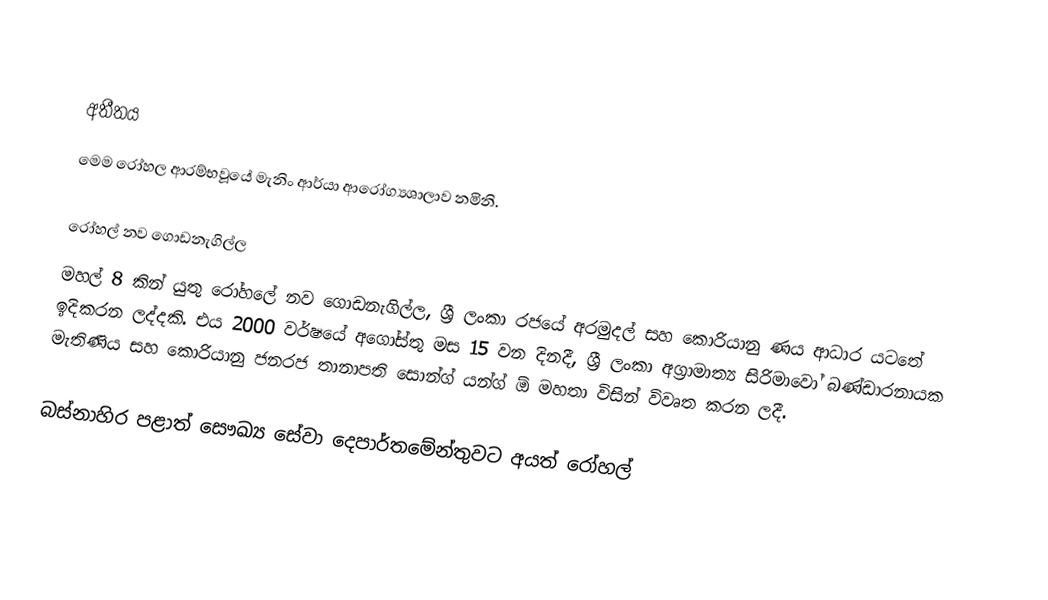

අතීතය
මෙම රෝහල ආරම්භවූයේ මැනිං ආර්යා ආරෝග්‍යශාලාව නමිනි.

රෝහල් නව ගොඩනැගිල්ල
මහල් 8 කින් යුතු රෝහලේ නව ගොඩනැගිල්ල, ශ්‍රී ලංකා රජයේ අරමුදල් සහ කොරියානු ණය ආධාර යටතේ ඉදිකරන ලද්දකි. එය 2000 වර්ෂයේ අගෝස්තු මස 15 වන දිනදී, ශ්‍රී ලංකා අග්‍රාමාත්‍ය සිරිමාවෝ බණ්ඩාරනායක මැතිණිය සහ කොරියානු ජනරජ තානාපති සොන්ග් යන්ග් ඕ මහතා විසින් විවෘත කරන ලදී.

බස්නාහිර පළාත් සෞඛ්‍ය සේවා දෙපාර්තමේන්තුවට අයත් රෝහල්